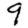
Digit: 9